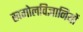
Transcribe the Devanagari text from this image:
खगोलविज्ञानियों